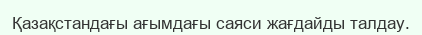
Қазақстандағы ағымдағы саяси жағдайды талдау.